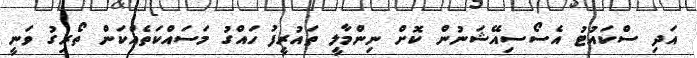
އަދި ސްކައުޓު އެސޯސިއޭޝަނުން ކޮށް ނިންމާލީ ތައުރީފު ހައްގު މަސައްކަތެއްކަން ތޯރިގު ވަނީ